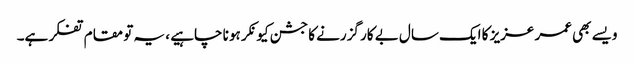
ویسے بھی عمر عزیز کا ایک سال بے کار گزرنے کا جشن کیونکر ہو نا چاہیے ، یہ تو مقام تفکر ہے۔